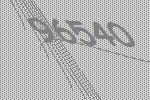
96540